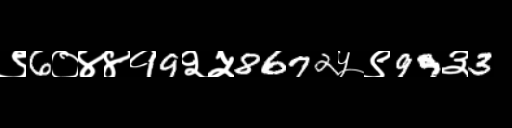
Text: ९6०४४१9२५8672५९99३3